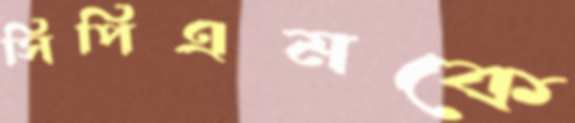
সিপিএমকে